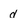
Character: d